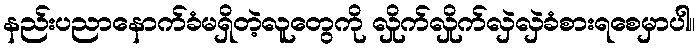
နည်းပညာနောက်ခံမရှိတဲ့လူတွေကို လှိုက်လှိုက်လှဲလှဲခံစားရစေမှာပါ။